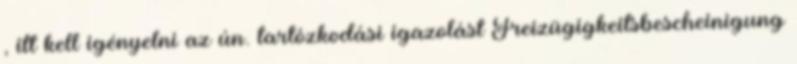
, itt kell igényelni az ún. tartózkodási igazolást Freizügigkeitsbescheinigung